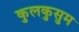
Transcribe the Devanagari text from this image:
कुलकुसुम